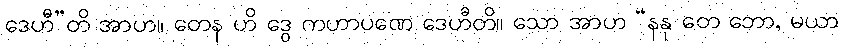
ဒေဟီ”တိ အာဟ။ တေန ဟိ ဒွေ ကဟာပဏေ ဒေဟီတိ။ သော အာဟ “နနု တေ ဘော, မယာ